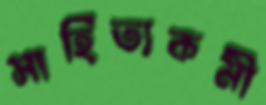
সাহিত্যকর্মী